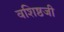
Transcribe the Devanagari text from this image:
वशिष्ठजी